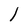
Character: l